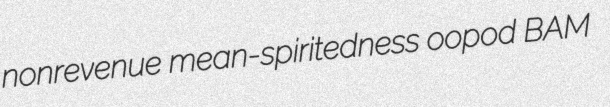
nonrevenue mean-spiritedness oopod BAM